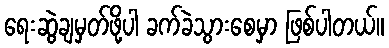
ရေးဆွဲချမှတ်ဖို့ပါ ခက်ခဲသွားစေမှာ ဖြစ်ပါတယ်။